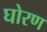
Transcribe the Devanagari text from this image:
घोरण